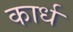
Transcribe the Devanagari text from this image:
कार्ध